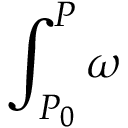
\int _ { P _ { 0 } } ^ { P } \omega